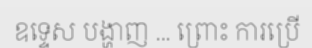
ឧទ្ទេស បង្ហាញ ... ព្រោះ ការប្រើ